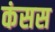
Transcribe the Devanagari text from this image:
कंसस